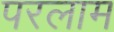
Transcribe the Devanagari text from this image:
परलाम